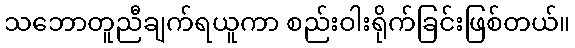
သဘောတူညီချက်ရယူကာ စည်းဝါးရိုက်ခြင်းဖြစ်တယ်။